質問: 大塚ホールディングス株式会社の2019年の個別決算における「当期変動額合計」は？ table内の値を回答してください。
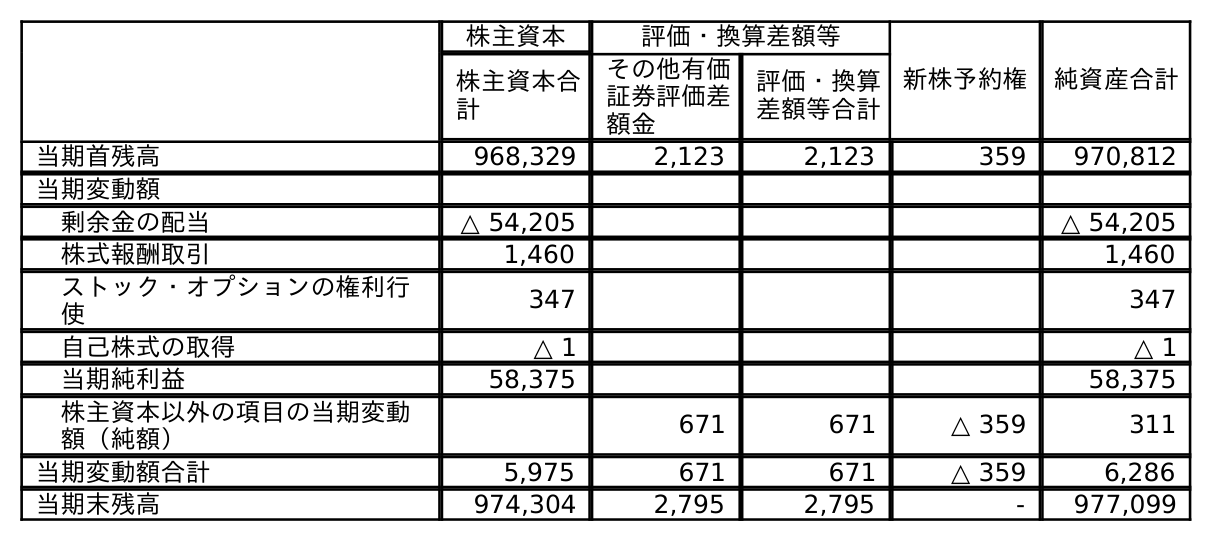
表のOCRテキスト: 株主資本 評価・換算差額等 新株予約権 純資産合計 株主資本合 計 その他有価 証券評価差 額金 評価・換算 差額等合計 当期首残高 968,329 2,123 2,123 359 970,812 当期変動額 剰余金の配当 △ 54,205 △ 54,205 株式報酬取引 1,460 1,460 ストック・オプションの権利行 使 347 347 自己株式の取得 △ 1 △ 1 当期純利益 58,375 58,375 株主資本以外の項目の当期変動 額（純額） 671 671 △ 359 311 当期変動額合計 5,975 671 671 △ 359 6,286 当期末残高 974,304 2,795 2,795 - 977,099
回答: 6,286